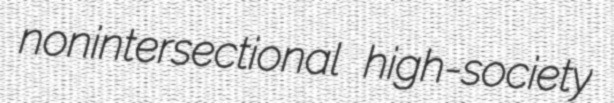
nonintersectional high-society